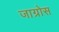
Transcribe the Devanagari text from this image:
जाग्रोस